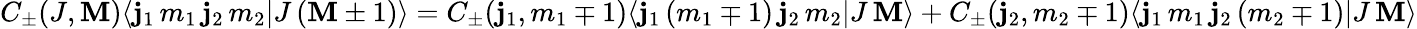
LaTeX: C_{\pm}(J,\mathbf{M})\langle\mathbf{j}_{1}\, m_{1}\, \mathbf{j}_{2}\, m_{2}|J\, (\mathbf{M}\pm1)\rangle=C_{\pm}(\mathbf{j}_{1},m_{1}\mp1)\langle\mathbf{j}_{1}\, (m_{1}\mp1)\, \mathbf{j}_{2}\, m_{2}|J\, \mathbf{M}\rangle+C_{\pm}(\mathbf{j}_{2},m_{2}\mp1)\langle\mathbf{j}_{1}\, m_{1}\, \mathbf{j}_{2}\, (m_{2}\mp1)|J\, \mathbf{M}\rangle